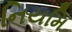
નિયમિ